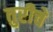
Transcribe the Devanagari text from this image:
तुरीचे